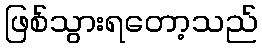
ဖြစ်သွားရတော့သည်